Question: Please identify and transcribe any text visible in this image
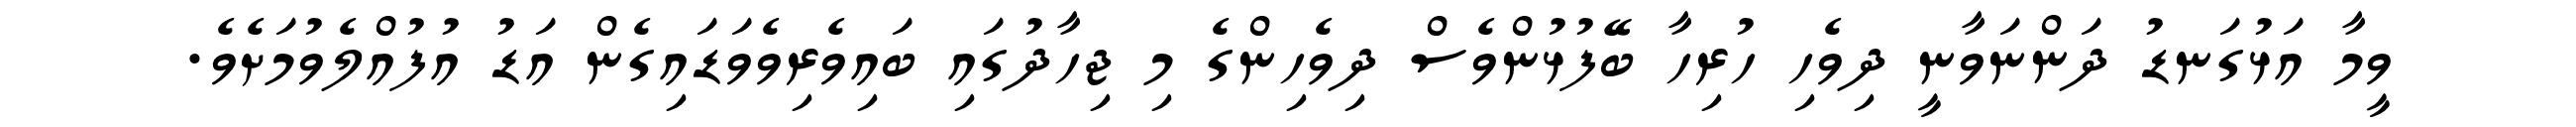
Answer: ވީމާ އަޅުގަނޑު ދަންނަވާނީ ދިވެހި ހުރިހާ ބޭފުޅުންވެސް ދިވެހިންގެ މި ޖިހާދުގައި ބައިވެރިވެވަޑައިގެން އަޑު އުފުއްލެވުމަށެވެ.